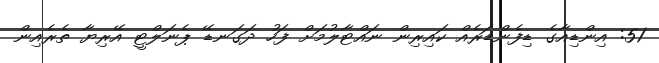
51: އިންޑިއާގެ ޑިފެންޑަރެއް ކައިރިން ނައްޓާލުމަށް ފަހު ދަގަނޑޭ ޕެނަލްޓީ އޭރިޔާ ތެރެއިން